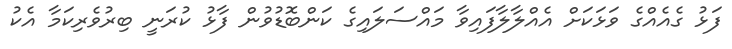
ފަޅު ގެއެއްގެ ވަޅަކަށް އެއްލާލާފައިވާ މައްސަލައިގެ ކަންބޮޑުވުން ފާޅު ކުރަނީ ބިރުވެރިކަމާ އެކު